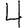
Digit: 4